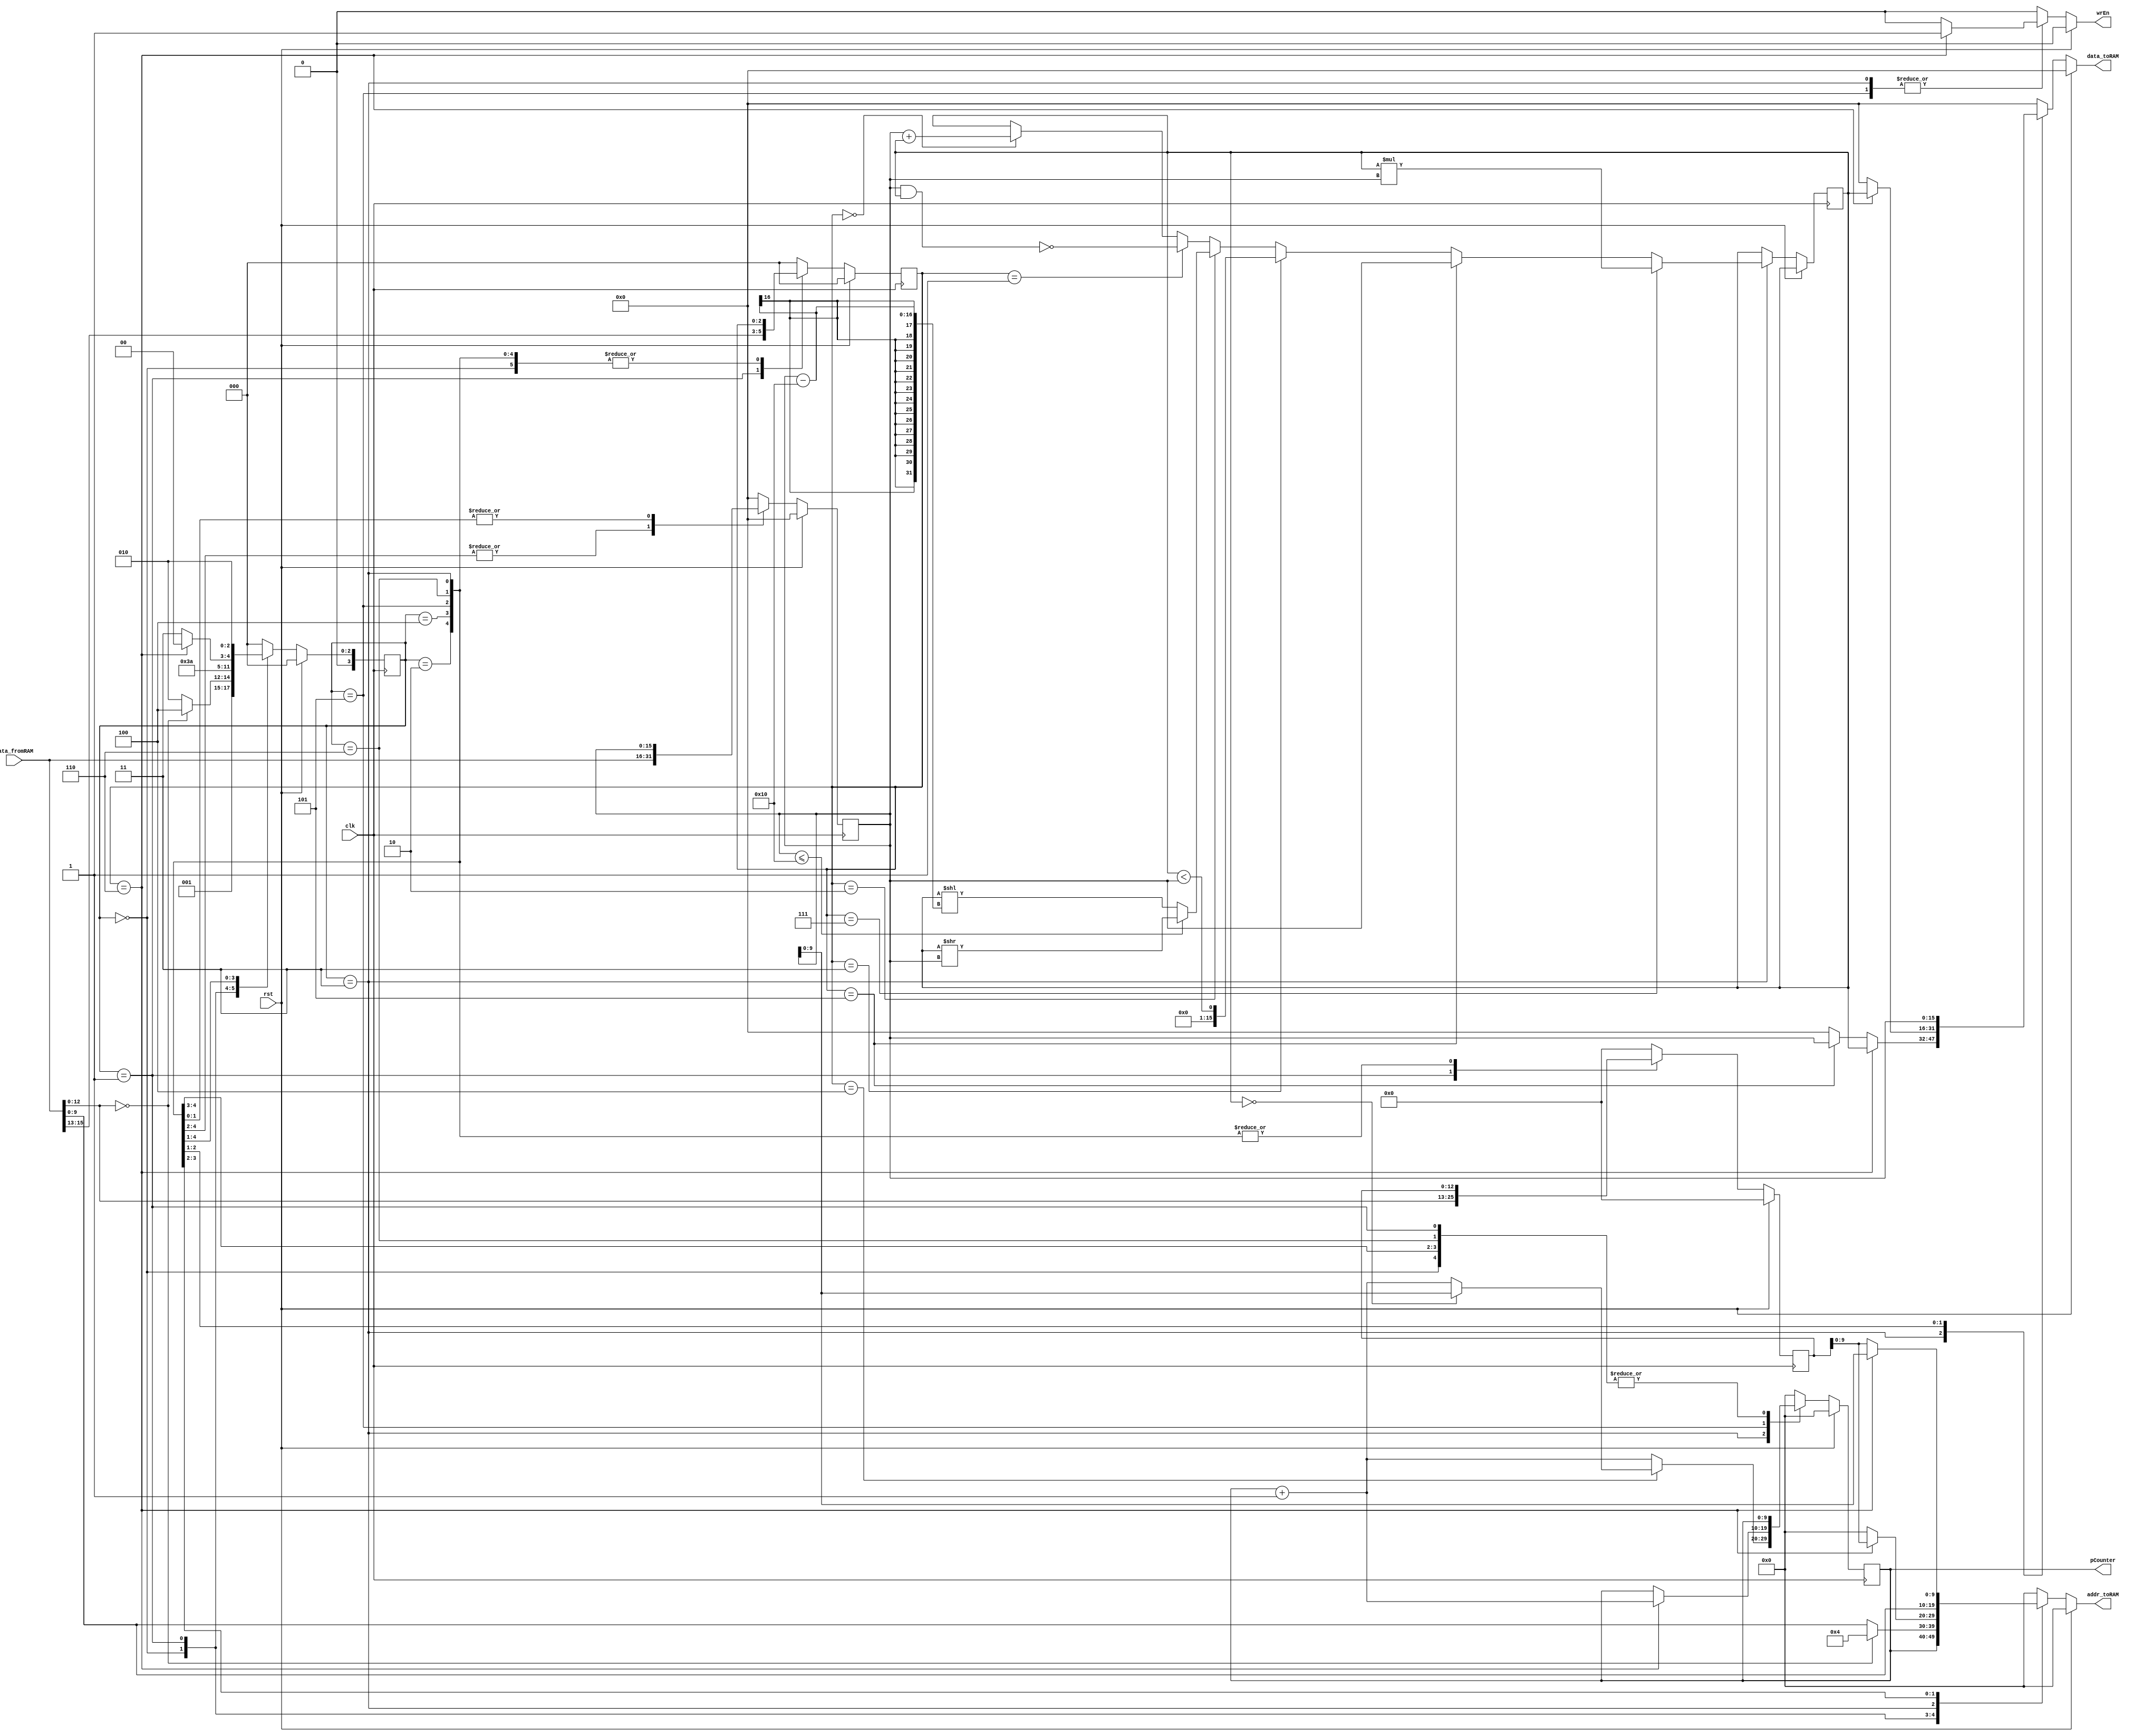
`timescale 1ns / 1ps
module SimpleCPU(clk, rst, data_fromRAM, wrEn, addr_toRAM, data_toRAM, pCounter);
 
parameter SIZE = 10;

input clk, rst;
input wire [15:0] data_fromRAM;
output reg wrEn;
output reg [SIZE-1:0] addr_toRAM;
output reg [15:0] data_toRAM;
output reg [SIZE-1:0] pCounter;


// internal signals
reg [ 2:0] opcode, opcodeNext;
reg [12:0] operand1, operand1Next;
reg [SIZE-1:0] /*pCounter,*/ pCounterNext;
reg [15:0] num1,  num1Next;
reg [ 3:0] stateNext;
reg [ 3:0] state;
reg [15:0] W, starA;
reg [ 15:0] WNext, starANext ;

always @(posedge clk)begin
	state    <= #1 stateNext;
	pCounter <= #1 pCounterNext;
	opcode   <= #1 opcodeNext;
	operand1 <= #1 operand1Next;
	num1     <= #1 num1Next;
	W        <= #1 WNext;
	starA    <= #1 starANext;
end

always @*begin
	stateNext    = state;
	pCounterNext = pCounter;
	opcodeNext   = opcode;
	operand1Next = operand1;
	num1Next     = num1;
	WNext        = W;
	addr_toRAM   = 0;
	wrEn         = 0;
	data_toRAM   = 0;
if(rst)
	begin
	stateNext    = 0;
	pCounterNext = 0;
	opcodeNext   = 0;
	operand1Next = 0;
	num1Next     = 0;
	WNext        = W;
	addr_toRAM   = 0;
	wrEn         = 0;
	data_toRAM   = 0;
	starANext    = 0;
	end
else 
	case(state)                       
		0: begin											// take instruction
			pCounterNext = pCounter;
			opcodeNext   = opcode;
			operand1Next = 0;
			addr_toRAM   = pCounter;
			num1Next     = 0;
			WNext        = W;
			wrEn         = 0;
			data_toRAM   = 0;
			stateNext    = 1;
		end 
		1:begin // take A adress 
			pCounterNext = pCounter;
			opcodeNext   = data_fromRAM[15:13];//data_fromRAM[15:13];
			operand1Next = data_fromRAM[12:0];
			addr_toRAM   = data_fromRAM[12:0];
			num1Next     = 0;
			wrEn         = 0;
			data_toRAM   = 0;
			stateNext    = 2;
			if(operand1Next == 0)begin
				stateNext = 4;
				addr_toRAM = 4;
			end
		end
		2: begin         // read *A
			pCounterNext = pCounter;
			operand1Next = operand1;
			opcodeNext   = opcode;
			num1Next     = data_fromRAM;
			stateNext = 3;
		end
		3: begin            
			pCounterNext = pCounter + 1;
			opcodeNext = opcode;
			operand1Next = operand1;
			if(opcode == 3'b000) // ADD
				WNext = num1 + W;
			if(opcode == 3'b001) // NAND
				WNext = ~( num1 & W);
			if(opcode == 3'b010)begin // SRL
				if(num1 <= 16)
					WNext = W >> num1;
				else
					WNext = W << (num1 -16);
			end
			if(opcode == 3'b011) // LT
				WNext = W < num1;
			if(opcode == 3'b100)begin // BZ
				if( W == 0 ) 
					pCounterNext = num1;
			end
			if(opcode == 3'b101)begin // CP2W
				WNext = num1;
				data_toRAM = num1;
				end
			if(opcode == 3'b110)begin // CPfW
				wrEn = 1;
				data_toRAM = W;
				addr_toRAM   = operand1;
			end
			if(opcode == 3'b111) // MUL
				WNext = W * num1 ;
			 stateNext = 0;
		end
		
		4: begin
			pCounterNext = pCounter;
			operand1Next = operand1;
			opcodeNext   = opcode;
			addr_toRAM   = data_fromRAM;
			num1Next   = data_fromRAM;
			stateNext = 5;
		end
		5: begin
			pCounterNext = pCounter;
			operand1Next = operand1;
			opcodeNext   = opcode;
			num1Next    = data_fromRAM;//**4
			addr_toRAM  = operand1; 
			stateNext = 3;
			if(opcode == 3'b110)begin // CPfW
				wrEn = 1;
				data_toRAM = W;
				addr_toRAM   = num1;
				stateNext = 0;
				pCounterNext = pCounter+1;
			end
		end
		6: begin
			pCounterNext = pCounter;
			operand1Next = operand1;
			opcodeNext   = opcode;
			wrEn         = 0;
			data_toRAM   = num1;
			stateNext = 2;
		end
		default: begin
			stateNext    = 0;
			pCounterNext = 0;
			opcodeNext   = 0;
			operand1Next = 0;
			num1Next     = 0;
			addr_toRAM   = 0;
			wrEn         = 0;
			data_toRAM   = 0;
			starANext    = 0;
		end
	endcase

end

endmodule